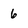
Character: 6